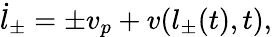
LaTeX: \dot{l}_{\pm}=\pm v_{p}+v(l_{\pm}(t),t),